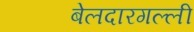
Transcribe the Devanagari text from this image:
बेलदारगल्ली